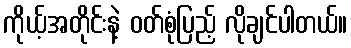
ကိုယ့်အတိုင်းနဲ့ ဝတ်စုံပြည့် လိုချင်ပါတယ်။